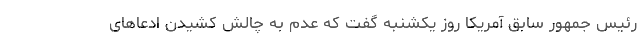
رئیس جمهور سابق آمریکا روز یکشنبه گفت که عدم به چالش کشیدن ادعاهای